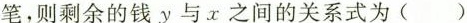
笔，则剩余的钱y与x之间的关系式为()